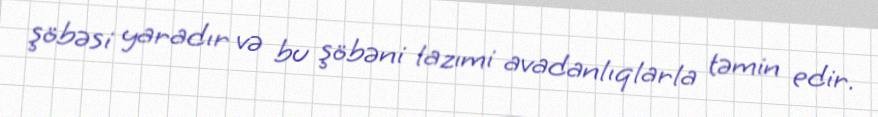
şöbəsi yaradır və bu şöbəni lazımi avadanlıqlarla təmin edir.